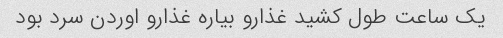
یک ساعت طول کشید غذارو بیاره غذارو اوردن سرد بود